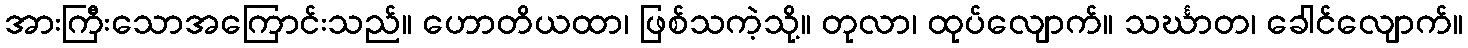
အားကြီးသောအကြောင်းသည်။ ဟောတိယထာ၊ ဖြစ်သကဲ့သို့။ တုလာ၊ ထုပ်လျောက်။ သင်္ဃာတ၊ ခေါင်လျောက်။